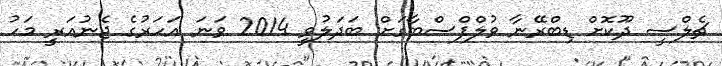
ޗެލްސީ ދޫކޮށް ޑިބްރޭނާ ވުލްފްސްބާގަށް ބަދަލުވީ 2014 ވަނަ އަހަރުގެ ޖެނުއަރީ މަހު